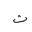
Letter: _tha